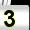
Digit: 3